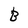
Character: B